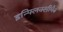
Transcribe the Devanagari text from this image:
इन्फ्लिक्सीमैब